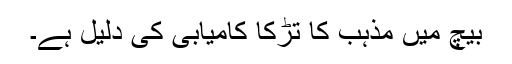
بیچ میں مذہب کا تڑکا کامیابی کی دلیل ہے۔